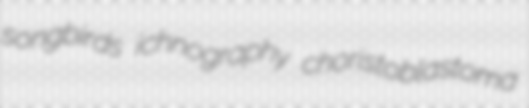
songbirds ichnography choristoblastoma